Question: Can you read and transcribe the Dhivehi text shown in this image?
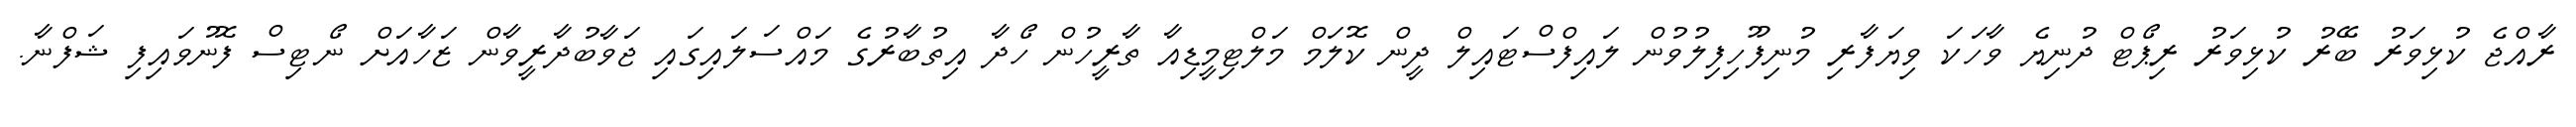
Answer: ރާއްޖެ ކުޅިވަރު ބޭރު ކުޅިވަރު ރިޕޯޓް ދުނިޔެ ވާހަކަ ވިޔަފާރި މުނިފޫހިފިލުވުން ލައިފްސްޓައިލް ދީން ކޮލަމް މަލްޓިމީޑިއާ ތާރީހުން ހޯދާ އިތުބާރުގެ މައްސަލައިގައި ޖަވާބުދާރީވާން ޒަހާއަށް ނޯޓިސް ފޮނުވައިފި ޝަފްނާ.